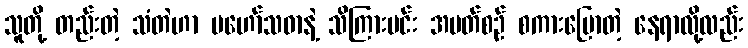
သူတို့ တည်းတဲ့ သံတဲဟာ မဟော်သဓာနဲ့ သိကြားမင်း အပတ်စဉ် စကားပြောတဲ့ နေရာလို့လည်း